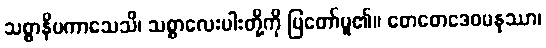
သစ္စာနိပကာသေသိ၊ သစ္စာလေးပါးတို့ကို ပြတော်မူ၏။ တေတေဒေဝမနုဿာ၊